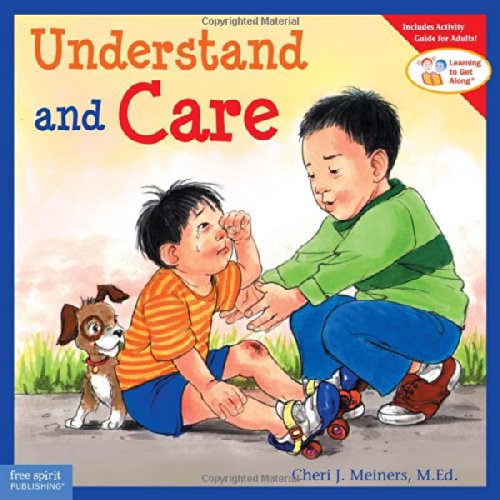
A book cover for Understand and Care (Learning to Get Along, Book 3); Cheri J. Meiners; Parenting & Relationships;